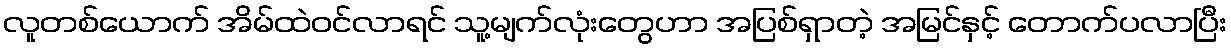
လူတစ်ယောက် အိမ်ထဲဝင်လာရင် သူ့မျက်လုံးတွေဟာ အပြစ်ရှာတဲ့ အမြင်နှင့် တောက်ပလာပြီး